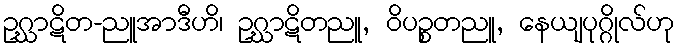
ဥဂ္ဃာဋိတ-ညူအာဒီဟိ၊ ဥဂ္ဃာဋိတညူ, ဝိပဉ္စတညူ, နေယျပုဂ္ဂိုလ်ဟု